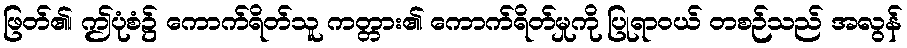
ဖြတ်၏၊ ဤပုံစံ၌ ကောက်ရိတ်သူ ကတ္တား၏ ကောက်ရိတ်မှုကို ပြုရာဝယ် တစဉ်သည် အလွန်